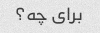
برای چه؟